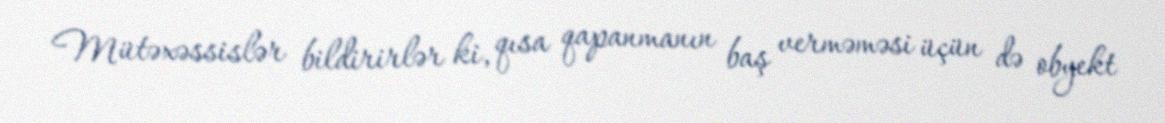
Mütəxəssislər bildirirlər ki, qısa qapanmanın baş verməməsi üçün də obyekt